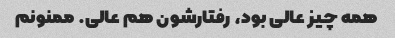
همه چیز عالی بود، رفتارشون هم عالی. ممنونم